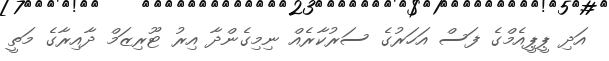
އަދި ޕީޕީއެމްގެ ފަސް އަހަރުގެ ސަރުކާރެއް ނިމިގެންދާ އިރު ޓޫރިޒަމް ދާއިރާގެ މަތީ